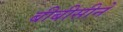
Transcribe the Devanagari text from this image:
बीबीसीने